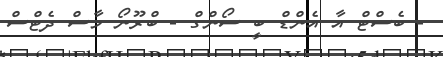
- ބެސްޓް އާ އެންޑް ބީ ސޯންގް - ބްރޫނޯ މާސް ދެޓްސް